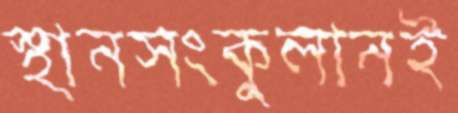
স্থানসংকুলানই